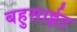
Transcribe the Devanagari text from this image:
बहुसाईट